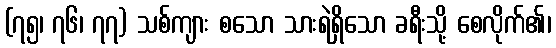
(၇၅၊ ၇၆၊ ၇၇) သစ်ကျား စသော သားရဲရှိသော ခရီးသို့ စေလိုက်၏၊